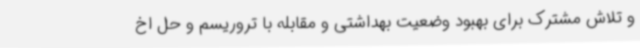
و تلاش مشترک برای بهبود وضعیت بهداشتی و مقابله با تروریسم و حل اخ